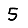
Digit: 5